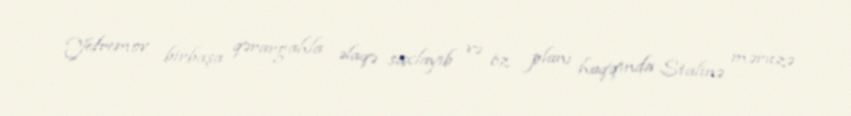
Yefremov birbaşa qərargahla əlaqə saxlayıb və öz planı haqqında Stalinə məruzə